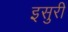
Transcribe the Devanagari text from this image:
इसुरी